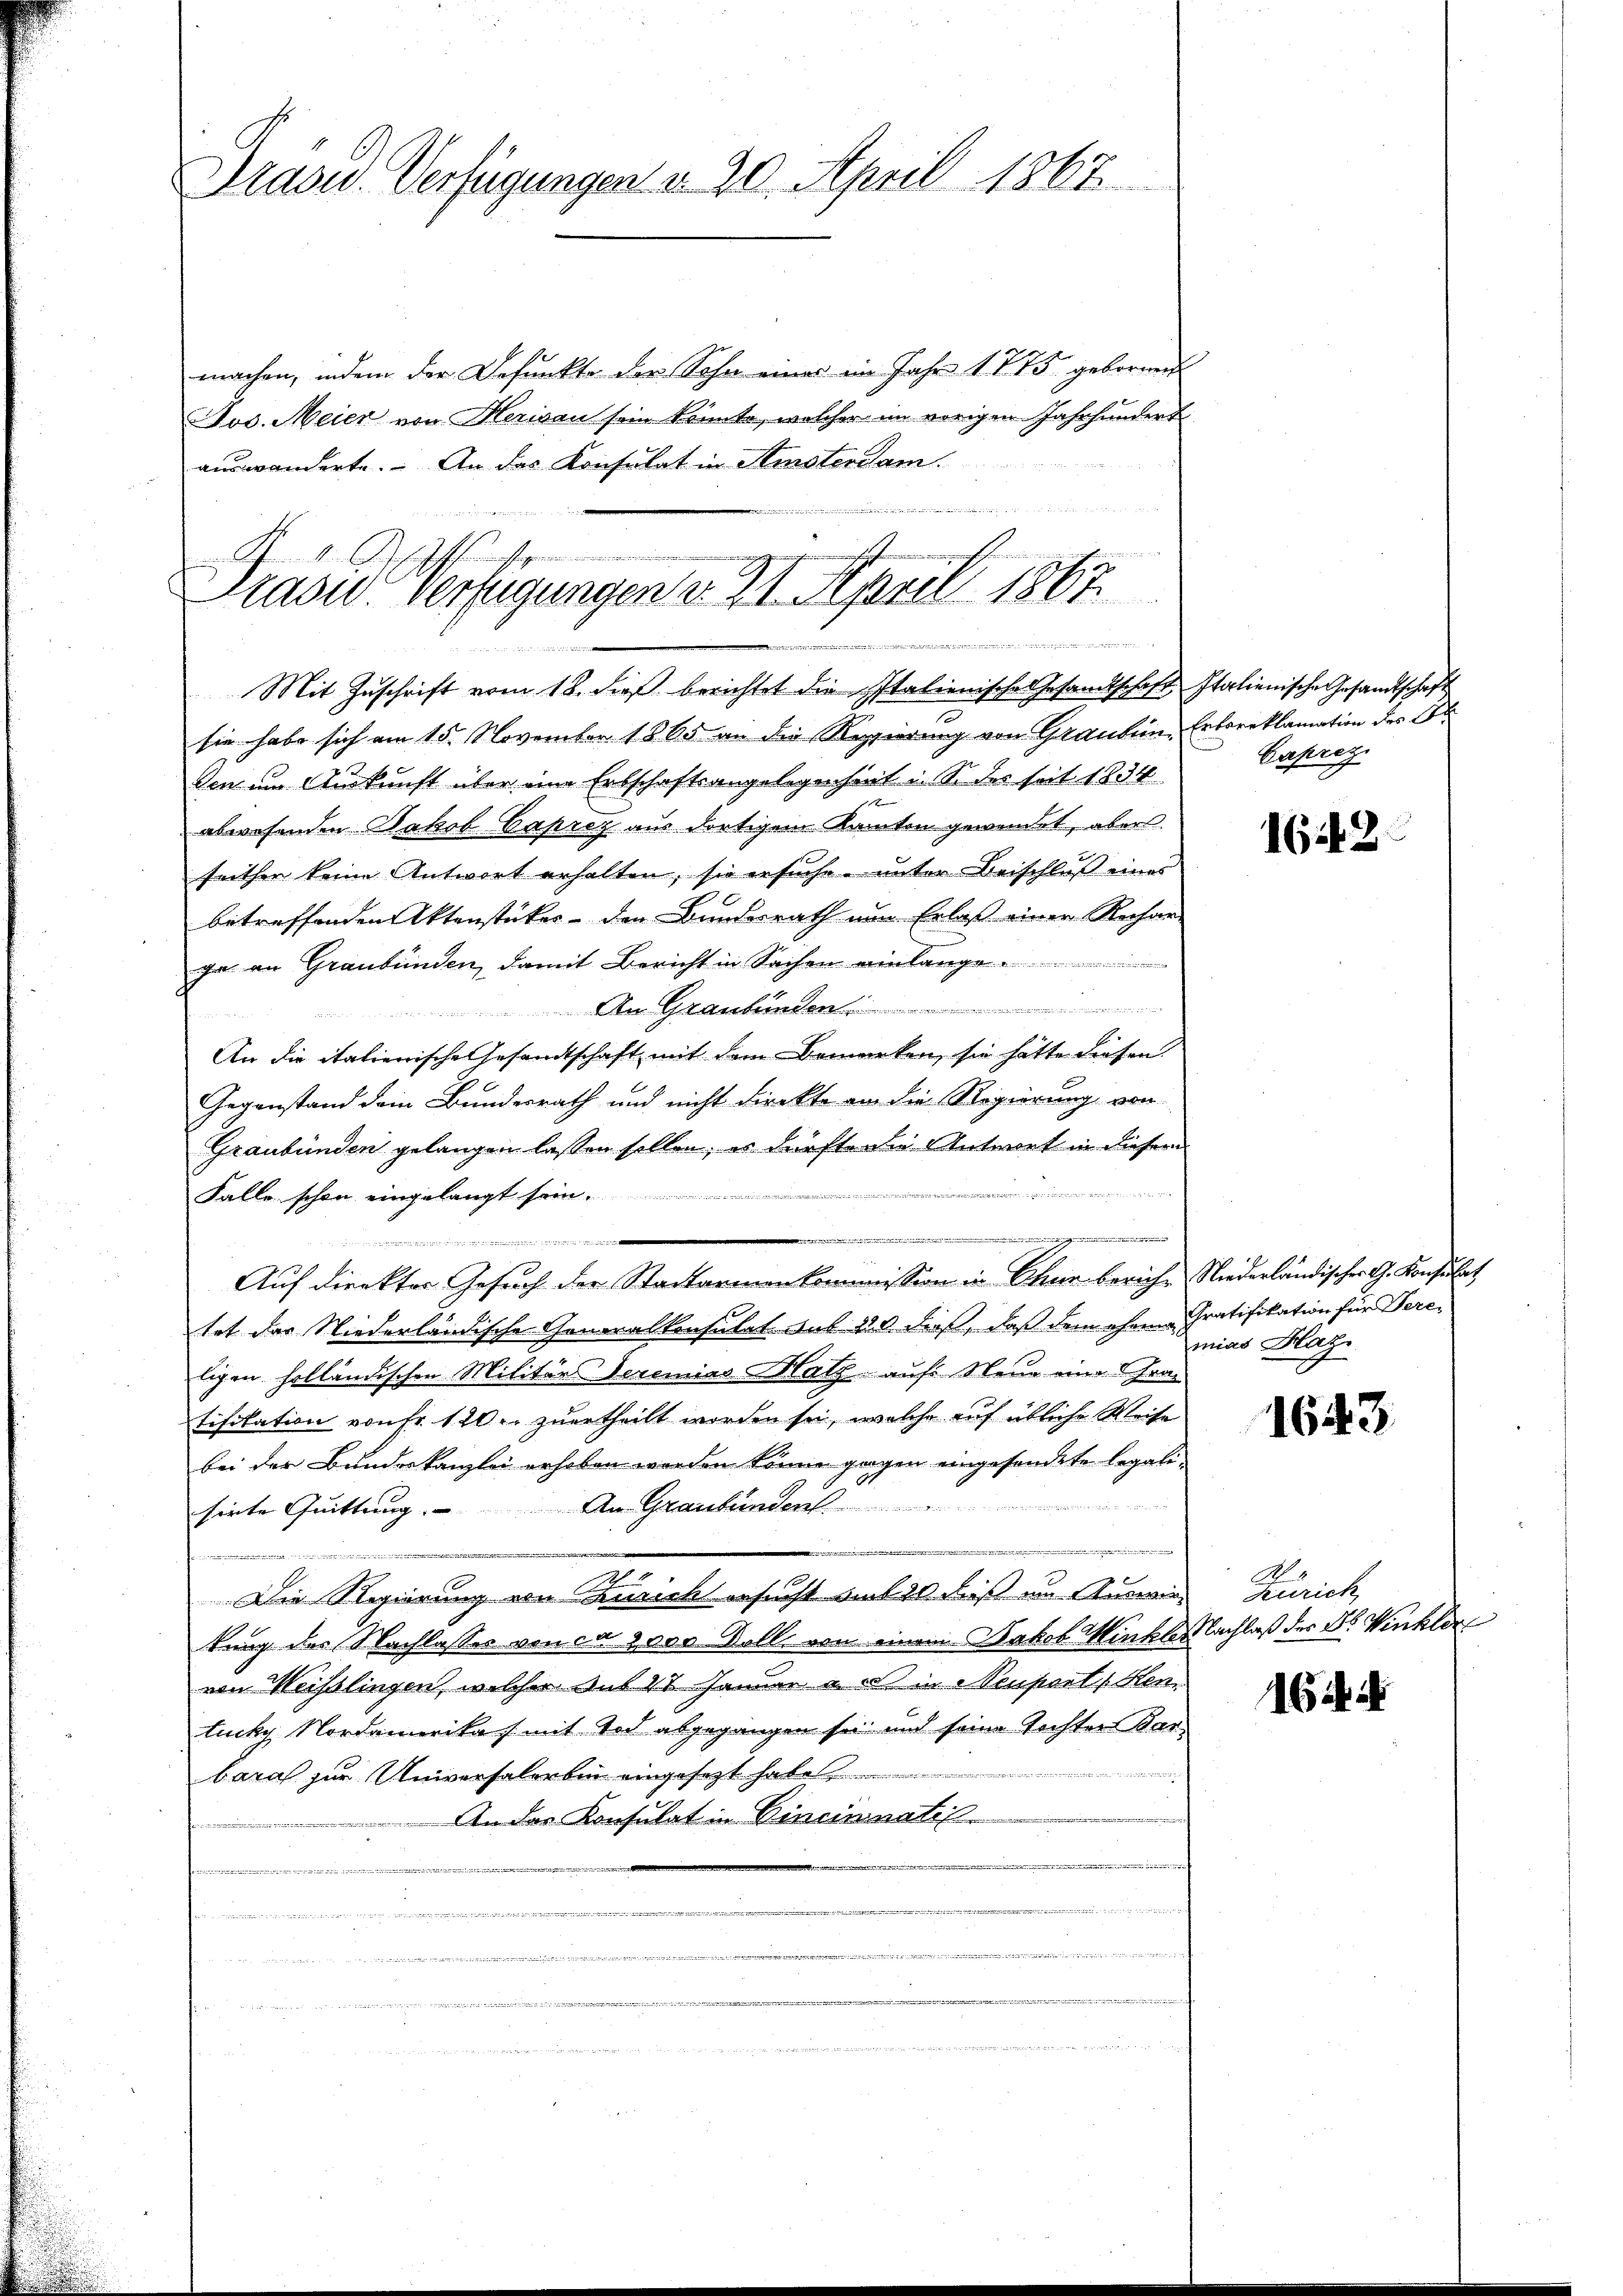
Drasu Verfügungen d. 20. April 1867.

machen, indem der Befunkte der Sohn einer im Jahr 1875 gebornen
Jos. Meier von Herisau sein könnte, welcher im vorigen Jahrhundert
auswanderte. An das Konsulat in Amsterdam.
e

n
Ofen v. h. festge
Prasw. Verfügungen d. 21. April 1867
e
Mit Zuschrift vom 18. dieß berichtet die Italienische Gesandtschaft Italienische Gesandtschaft

sie habe sich am 15. November 1865 an die Regierung von Grauben, Erbareklamation der Or
den um Auskunft über eine Erbschaftsangelegenheit u. S. des seit 1834
abwesenden Jakob Caprez aus dortigem Kanton gewendet, aber
seither keine Antwort erhalten, sie ersuche unter Beischluß eines
betreffenden Aktenstücker- den Bundesrath nun Erlaß einen Rechne
ge an Graubünden, damit Bericht in Sachen einlange
An Graubünden
An die italienische Gesandtschaft mit dem Bemerken, sie hätte diesen
Gegenstand dein Bundesrath und nicht direkte an die Regierung von
Graubünden gelangen lassen sollen, es dürfte die Antwort in diesem
i
Falle schon eingelangt sein ............

m in eine einen in ein eine
Auf direkter Gesuch der Stadtarmenkommission in Chur berich, Niederländischer G. Konsulat
tet das Niederländische Generalkonsutat. sub 220 Faß, daß dem ehren Gratifikation für Pereligen holländischen Militärs deremias Hatz auf Neue eine Gratifikation von Fr. 120. zuertheilt worden sei, welche auf übliche Weise
bei der Bundeskanzlei erhoben worden könne gegen eingesendete legalin
sirte Quittung. An Graubünden
e

u
Die Regierung von Zürich ersucht auf 20 diß im Auswiekung des Nachlasses von ca 2000 Soll von einem Jakob Winkler Nachlaß der Dr. Winkler
von Weißlingen, welcher Aus 21 Januar a. c. in Neupant Hen
luchy Nordamerika mit Tod abgegangen sei und seine Tochter Karbara zur Universalerbin eingesezt habe
An des Konsulat in Cincinnati
.
 einer aus lesen werden |
net un
nenden der einen in den einer dener werden
   in denn den der einen den der
e
eiung e
 e g

Caprezz

1642

mias Blaz

1643.

A
Zürich

164